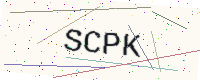
Text: SCPK